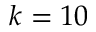
k = 1 0